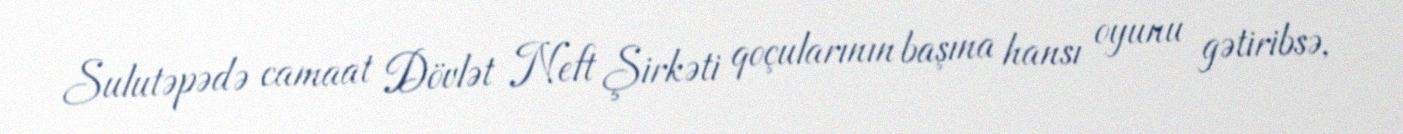
Sulutəpədə camaat Dövlət Neft Şirkəti qoçularının başına hansı oyunu gətiribsə,